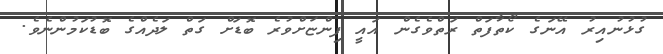
ގުޅުނުއިރު އޭނަގެ ކޯތާފަތް ރަތްވެގެން އައީ ފިންޏަށްވުރެ ބޮޑަށް ގަތް ލަދެއްގެ ބޮޑުކަމުންނެވެ.